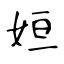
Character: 姮